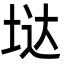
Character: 垯